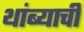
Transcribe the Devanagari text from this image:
थांब्याची